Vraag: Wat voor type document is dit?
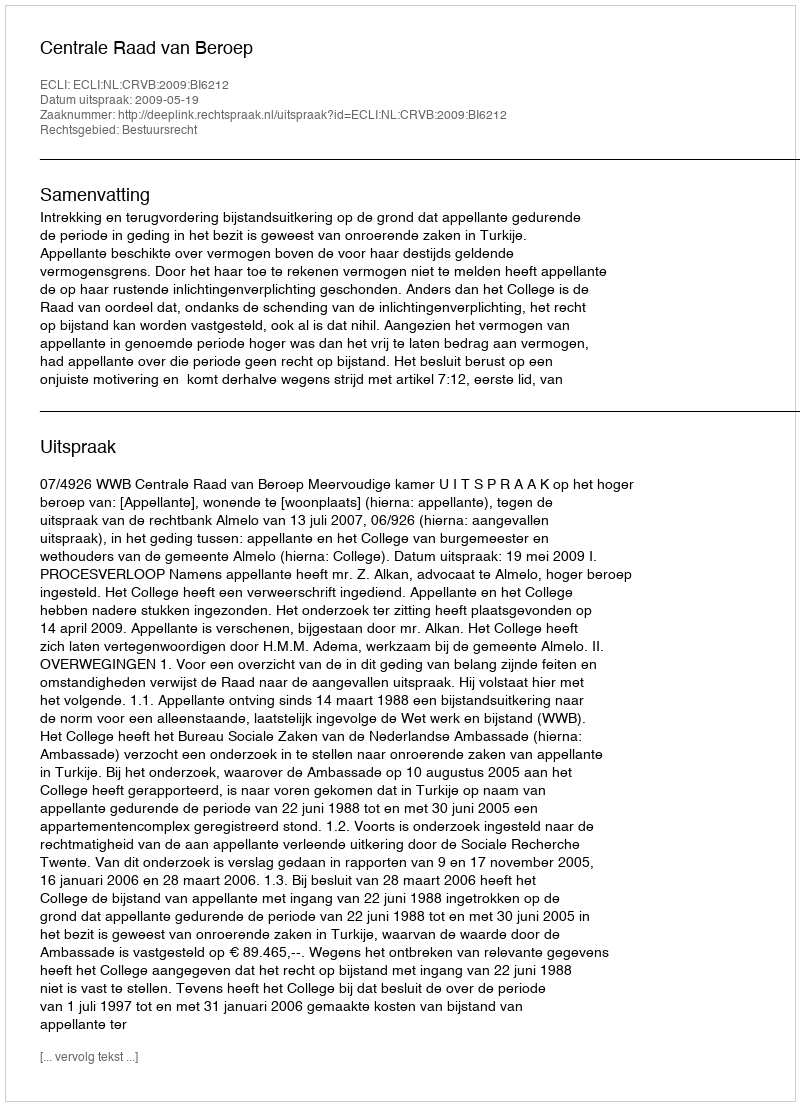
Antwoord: Uitspraak